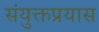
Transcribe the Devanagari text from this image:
संयुक्तप्रयास